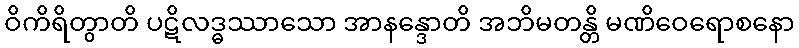
ဝိကိရိတွာတိ ပဋိလဒ္ဓဿာသော အာနန္ဒောတိ အဘိမတန္တိ မဏိဝေရောစနော